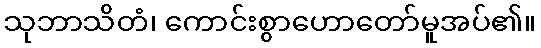
သုဘာသိတံ၊ ကောင်းစွာဟောတော်မူအပ်၏။